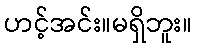
ဟင့်အင်း။မရှိဘူး။